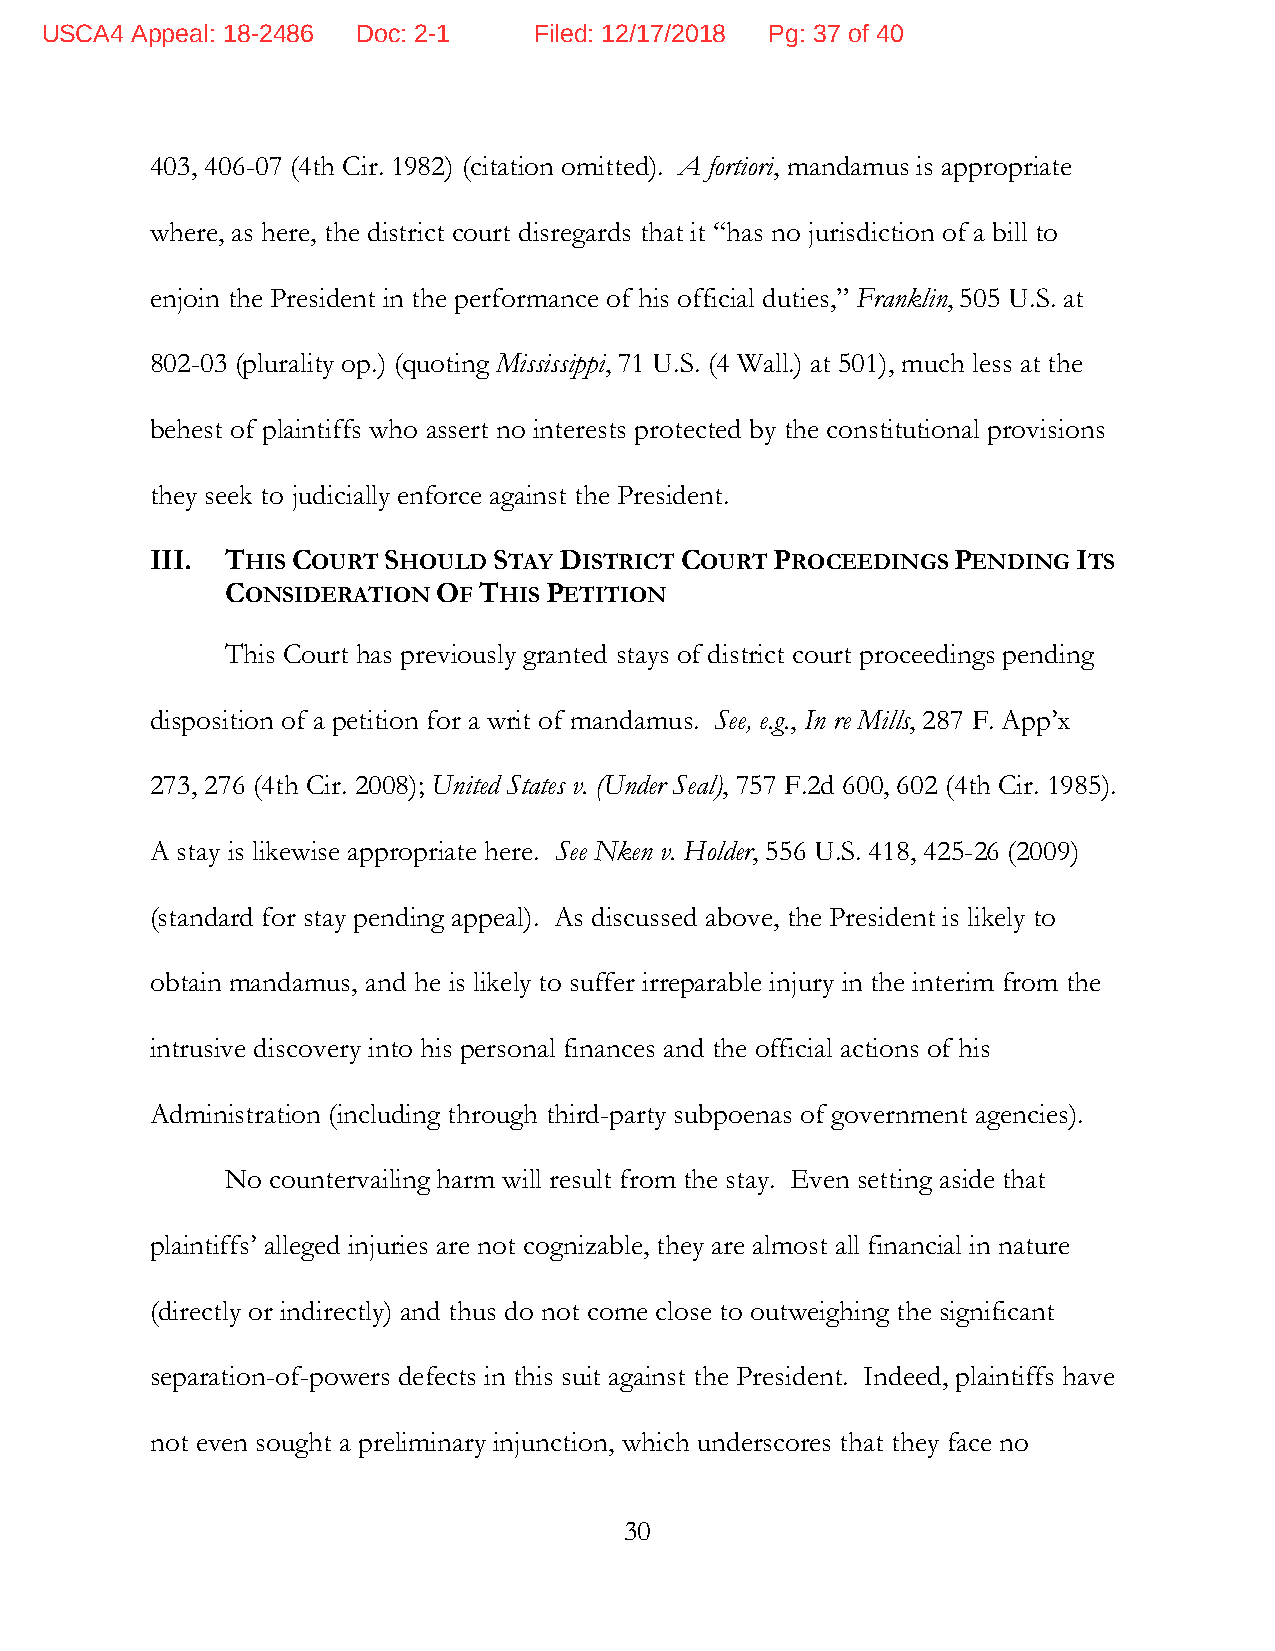
USCA4 Appeal: 18-2486 Doc: 2-1  Filed: 12/17/2018 Pg: 37 of 40
 403, 406-07 (4th Cir. 1982) (citation omitted). A fortiori, mandamus is appropriate
 where, as here, the district court disregards that it “has no jurisdiction of a bill to
 enjoin the President in the performance of his official duties,” Franklin, 505 U.S. at
 802-03 (plurality op.) (quoting Mississippi, 71 U.S. (4 Wall.) at 501), much less at the
 behest of plaintiffs who assert no interests protected by the constitutional provisions
 they seek to judicially enforce against the President.
 III. THIS COURT SHOULD STAY DISTRICT COURT PROCEEDINGS PENDING ITS
 CONSIDERATION OF THIS PETITION
 This Court has previously granted stays of district court proceedings pending
 disposition of a petition for a writ of mandamus. See, e.g., In re Mills, 287 F. App’x
 273, 276 (4th Cir. 2008); United States v. (Under Seal), 757 F.2d 600, 602 (4th Cir. 1985).
 A stay is likewise appropriate here. See Nken v. Holder, 556 U.S. 418, 425-26 (2009)
 (standard for stay pending appeal). As discussed above, the President is likely to
 obtain mandamus, and he is likely to suffer irreparable injury in the interim from the
 intrusive discovery into his personal finances and the official actions of his
 Administration (including through third-party subpoenas of government agencies).
 No countervailing harm will result from the stay. Even setting aside that
 plaintiffs’ alleged injuries are not cognizable, they are almost all financial in nature
 (directly or indirectly) and thus do not come close to outweighing the significant
 separation-of-powers defects in this suit against the President. Indeed, plaintiffs have
 not even sought a preliminary injunction, which underscores that they face no
 30